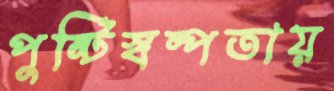
পুষ্টিস্বল্পতায়